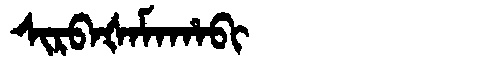
Manchu: ᠰᡳᡵᠪᠠᡧᠠᠮᠠᡥᠠᠪᡳ
Romanization: SIRBAŠAMAHABI